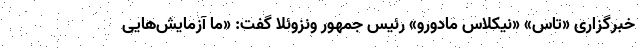
خبرگزاری «تاس» «نیکلاس مادورو» رئیس جمهور ونزوئلا گفت: «ما آزمایش‌هایی